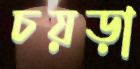
চয়ড়া